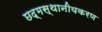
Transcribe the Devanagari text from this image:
छद्मस्थानीयकरण